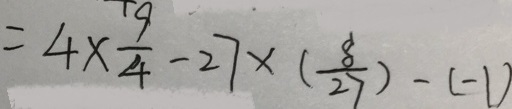
= 4 \times \frac { 9 } { 4 } - 2 7 \times ( \frac { 8 } { 2 7 } ) - ( - 1 )